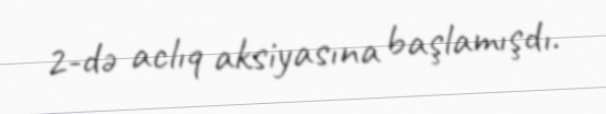
2-də aclıq aksiyasına başlamışdı.